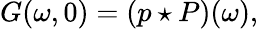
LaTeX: G(\omega,0)=({p}\star P)(\omega),